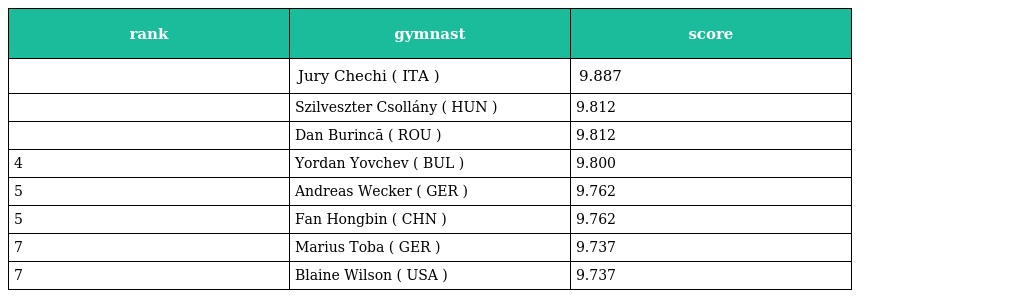
| rank | gymnast | score |
 | --- | --- | --- |
 |  | Jury Chechi ( ITA ) | 9.887 |
 |  | Szilveszter Csollány ( HUN ) | 9.812 |
 |  | Dan Burincă ( ROU ) | 9.812 |
 | 4 | Yordan Yovchev ( BUL ) | 9.800 |
 | 5 | Andreas Wecker ( GER ) | 9.762 |
 | 5 | Fan Hongbin ( CHN ) | 9.762 |
 | 7 | Marius Toba ( GER ) | 9.737 |
 | 7 | Blaine Wilson ( USA ) | 9.737 |